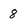
Character: 8